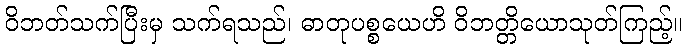
ဝိဘတ်သက်ပြီးမှ သက်ရသည်၊ ဓာတုပစ္စယေဟိ ဝိဘတ္တိယောသုတ်ကြည့်။